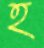
হ